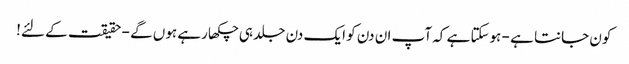
کون جانتا ہے - ہوسکتا ہے کہ آپ ان دن کو ایک دن جلد ہی چکھا رہے ہوں گے - حقیقت کے لئے!